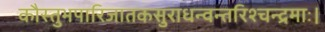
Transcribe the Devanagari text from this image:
कौस्तुभपारिजातकसुराधन्वन्तरिश्चन्द्रमाः।